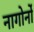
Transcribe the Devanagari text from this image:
नागोर्नो